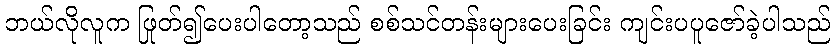
ဘယ်လိုလူက ဖြုတ်၍ပေးပါတော့သည် စစ်သင်တန်းများပေးခြင်း ကျင်းပပူဇော်ခဲ့ပါသည်